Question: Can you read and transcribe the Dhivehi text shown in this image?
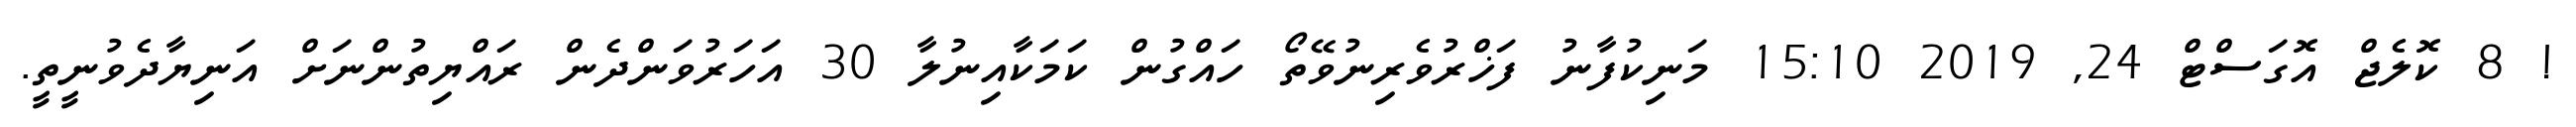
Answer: ! 8 ކޮލެޖް އޮގަސްޓް 24, 2019 15:10 މަނިކުފާނު ފަޚްރުވެރިނުވޭތޯ ހައްގުން ކަމަކާއިނުލާ 30 އަހަރުވަންދެން ރައްޔިތުންނަށް އަނިޔާދެވުނީތީ.